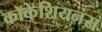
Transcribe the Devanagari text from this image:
कॉकेशियनंस